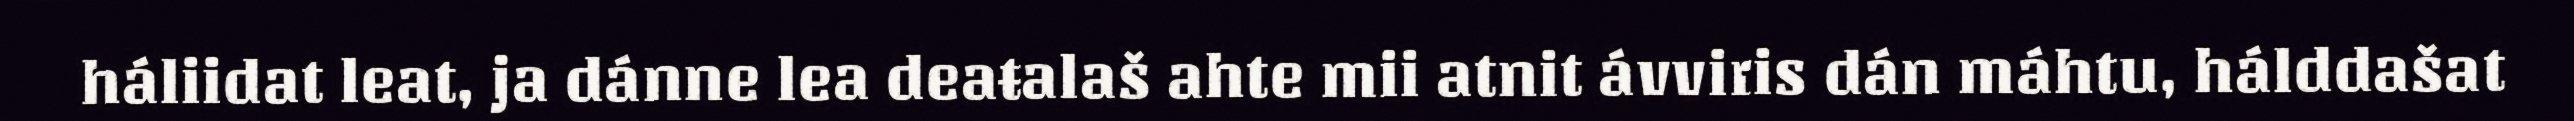
háliidat leat, ja dánne lea deaŧalaš ahte mii atnit ávviris dán máhtu, hálddašat